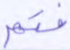
فتم